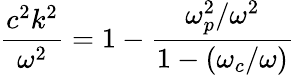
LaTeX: {\frac{c^{2}k^{2}}{\omega^{2}}}=1-{\frac{\omega_{p}^{2}/\omega^{2}}{1-(\omega_{c}/\omega)}}